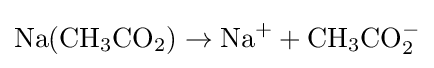
\mathrm {Na(CH_{3}CO_{2})\rightarrow Na^{+}+CH_{3}CO_{2}^{-}}